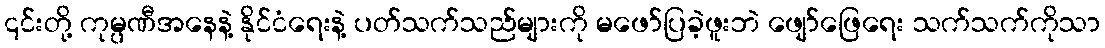
၎င်းတို့ ကုမ္ပဏီအနေနဲ့ နိုင်ငံရေးနဲ့ ပတ်သက်သည်များကို မဖော်ပြခဲ့ဖူးဘဲ ဖျော်ဖြေရေး သက်သက်ကိုသာ